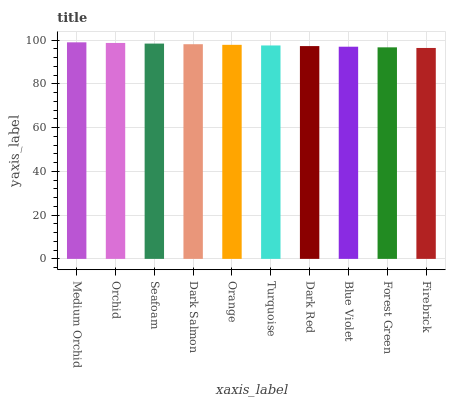
| xaxis_label | bars |
 | --- | --- |
 | Medium Orchid | 99 |
 | Orchid | 98.7 |
 | Seafoam | 98.4 |
 | Dark Salmon | 98.1 |
 | Orange | 97.9 |
 | Turquoise | 97.6 |
 | Dark Red | 97.3 |
 | Blue Violet | 97 |
 | Forest Green | 96.7 |
 | Firebrick | 96.4 |